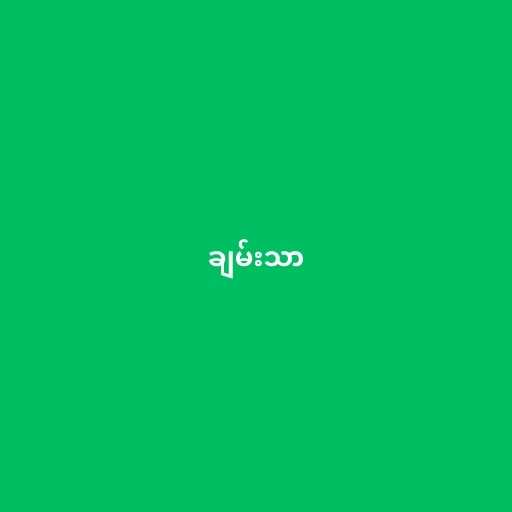
ချမ်းသာ